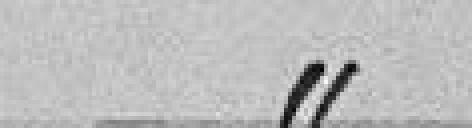
article